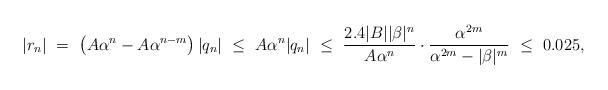
LaTeX: \begin{align*}|r_{n}|\ = \ \left(A\alpha^{n}-A\alpha^{n-m}\right)|q_{n}|\ \leq \ A\alpha^{n}|q_{n}| \ \leq\ \frac{2.4|B||\beta|^{n}}{A\alpha^{n}}\cdot \frac{\alpha^{2m}}{\alpha^{2m}-|\beta|^{m}}\ \leq\ 0.025,\end{align*}